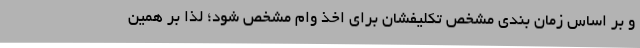
و بر اساس زمان بندی مشخص تکلیفشان برای اخذ وام مشخص شود؛ لذا بر همین